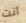
أنت